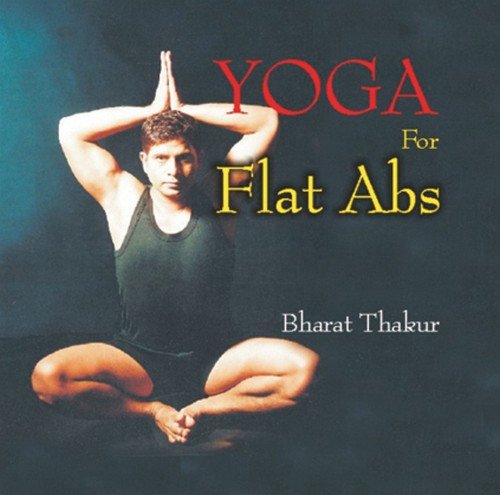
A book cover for Yoga for Flat Abs; Bharat Thakur; Health, Fitness & Dieting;